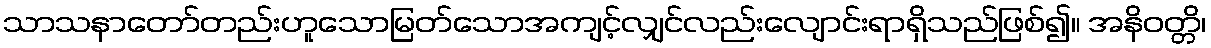
သာသနာတော်တည်းဟူသောမြတ်သောအကျင့်လျှင်လည်းလျောင်းရာရှိသည်ဖြစ်၍။ အနိဝတ္တိ၊